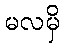
မလမှိ